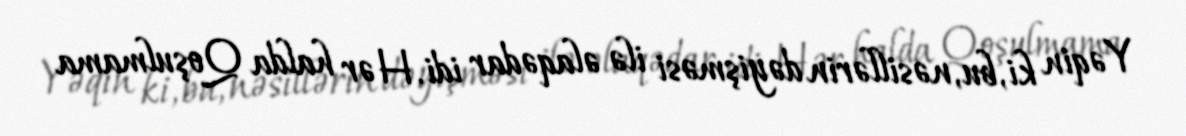
Yəqin ki, bu, nəsillərin dəyişməsi ilə əlaqədar idi. Hər halda Qoşulmama